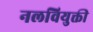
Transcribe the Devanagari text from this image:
नलवियुक्ती